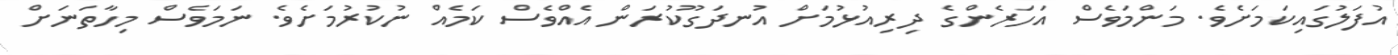
އުފަލުގައިކަމަށެވެ. މަންމަވެސް އަހަރެންގެ ދިރިއުޅުމަށް އުނދަގޫކުރަން އެއްވެސް ކަމެއް ނުކުރުމަށެވެ. ނަމަވެސް މިހާތަނަށް